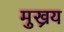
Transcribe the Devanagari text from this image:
मुख्रय